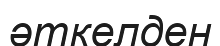
әткелден